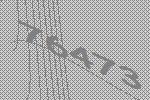
76473